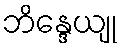
ဘိန္ဒေယျု